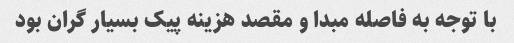
با توجه به فاصله مبدا و مقصد هزینه پیک بسیار گران بود